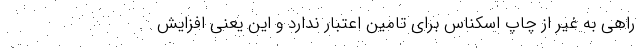
راهی به غیر از چاپ اسکناس برای تامین اعتبار ندارد و این یعنی افزایش